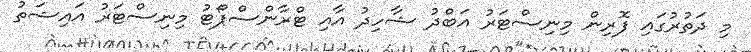
މި ދަތުރުގައި ފޮރިން މިނިސްޓަރު އަބްދު ޝާހިދު އާއި ޓްރާންސްޕޯޓު މިނިސްޓަރު އައިޝަތު